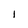
Character: l